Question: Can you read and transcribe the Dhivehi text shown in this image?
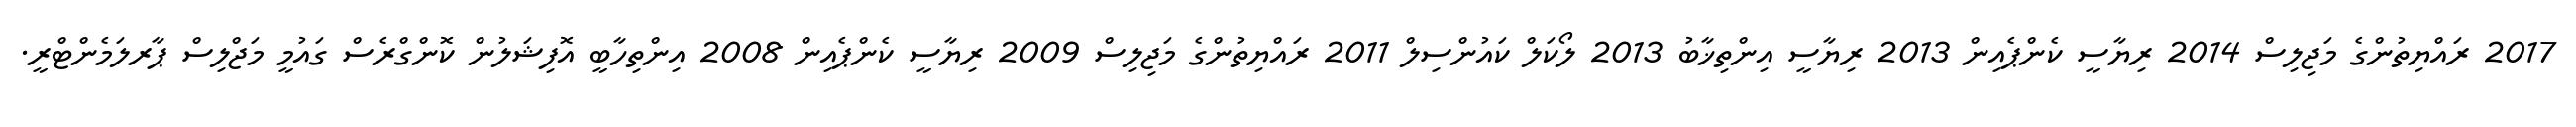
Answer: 2017 ރައްޔިތުންގެ މަޖިލިސް 2014 ރިޔާސީ ކެންޕެއިން 2013 ރިޔާސީ އިންތިޚާބު 2013 ލޯކަލް ކައުންސިލް 2011 ރައްޔިތުންގެ މަޖިލިސް 2009 ރިޔާސީ ކެންޕެއިން 2008 އިންތިހާބީ އޮފިޝަލުން ކޮންގްރެސް ގައުމީ މަޖްލިސް ޕާރލަމެންޓްރީ.